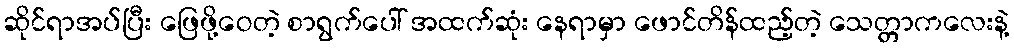
ဆိုင်ရာအပ်ပြီး ဖြေဖို့ဝေတဲ့ စာရွက်ပေါ် အထက်ဆုံး နေရာမှာ ဖောင်တိန်ထည့်တဲ့ သေတ္တာကလေးနဲ့